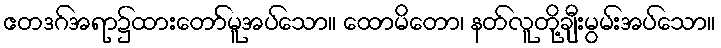
ဧတဒဂ်အရာ၌ထားတော်မူအပ်သော။ ထောမိတော၊ နတ်လူတို့ချီးမွမ်းအပ်သော။